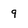
Character: 9